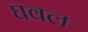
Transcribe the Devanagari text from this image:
घवल